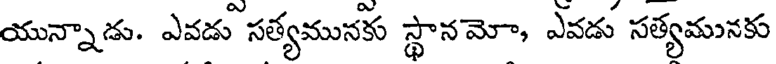
యున్నాడు. ఎవడు సత్యమునకు స్థానమో, ఎవడు సత్యమునకు